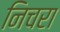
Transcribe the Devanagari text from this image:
निचरा